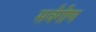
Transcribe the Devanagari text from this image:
सर्वंगीण